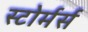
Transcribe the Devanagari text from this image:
स्टोर्मर्स